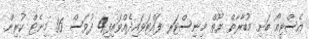
އެސްޓީއޯ ބަށި މުބާރާތް ޔޫތް މިނިސްޓަރ ފައްޓަވައިދެއްވައިފި4 ދުވަސް 36 މިނެޓް ކުރިން.